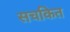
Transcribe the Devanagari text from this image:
सचकित